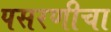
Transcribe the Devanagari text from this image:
पसरणीचा